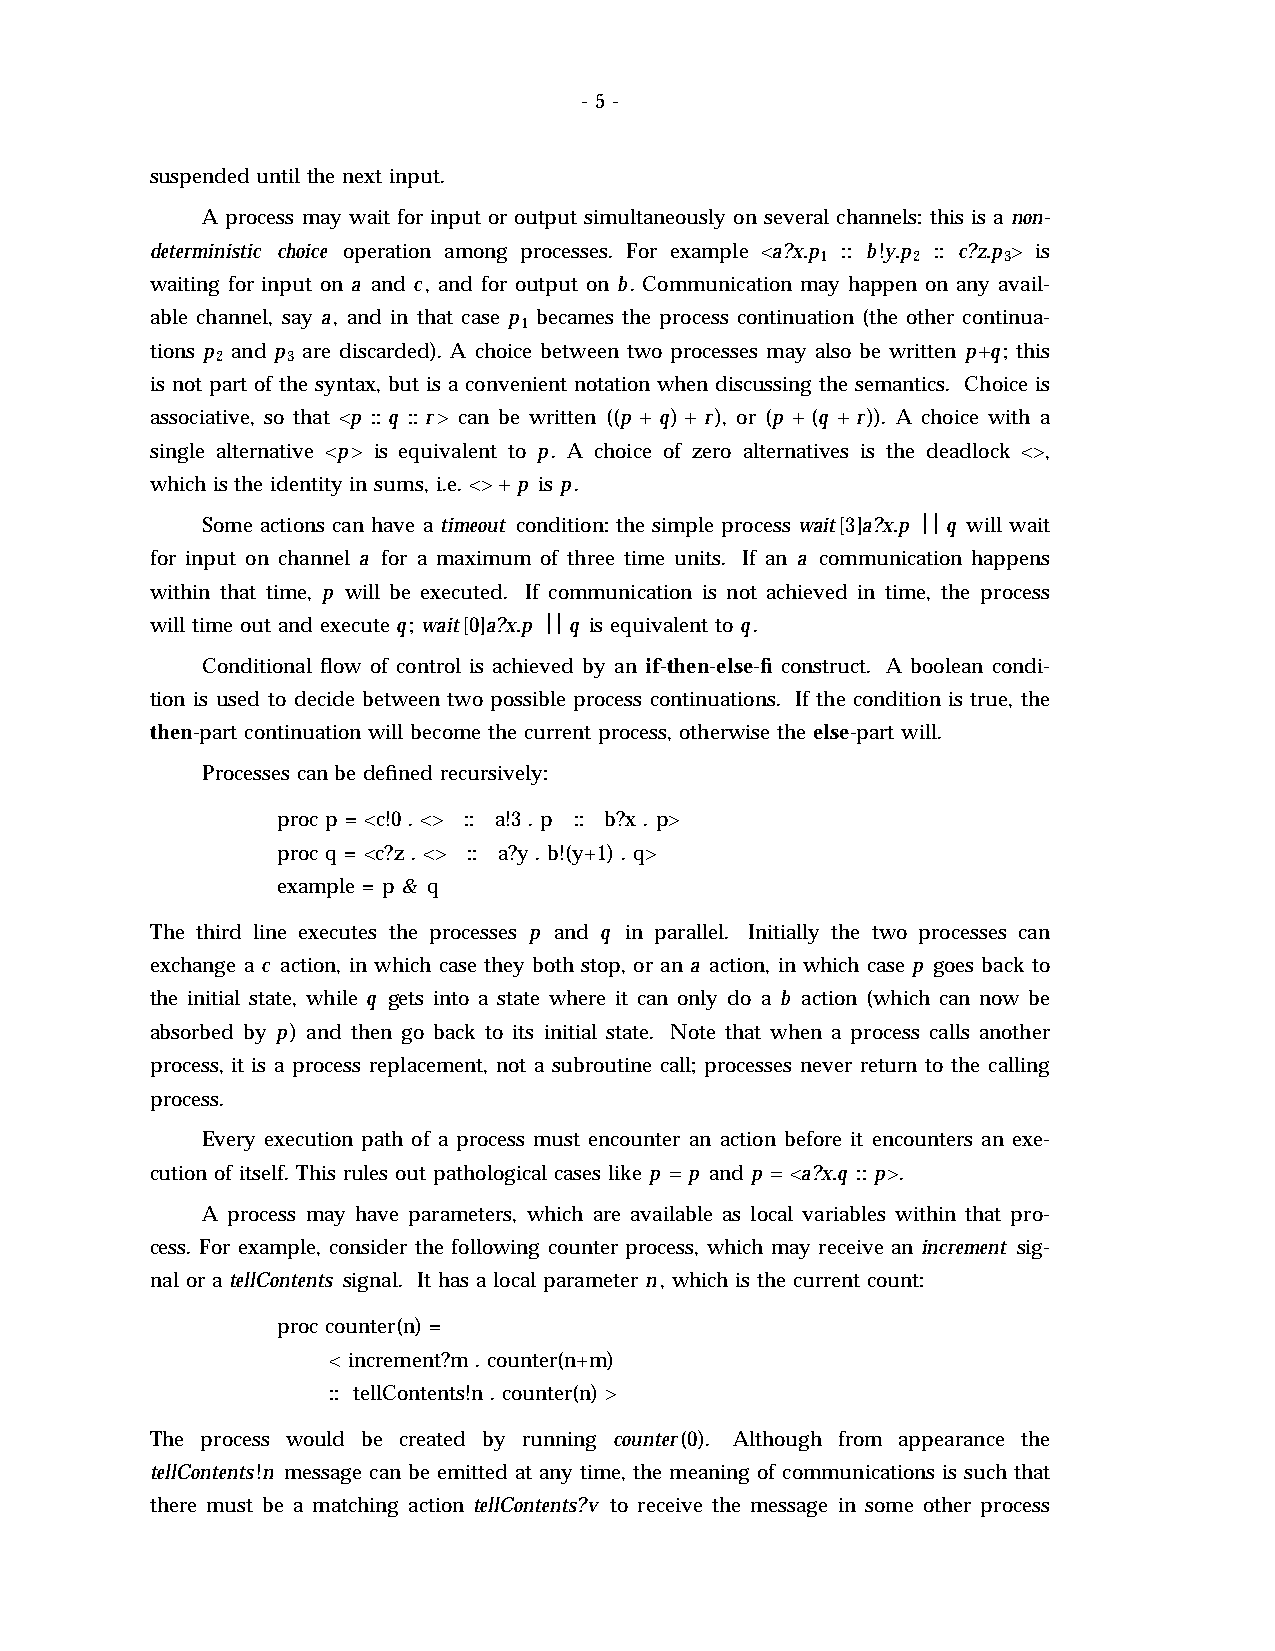
- 5 -
 suspended until the next input.
 A process may wait for input or output simultaneously on several channels: this is a non-
 deterministic choice operation among processes. For example <a?x.p :: b!y.p :: c?z.p > is
 1     2     3
 waiting for input on a and c, and for output on b. Communication may happen on any avail-
 able channel, say a, and in that case p becames the process continuation (the other continua-
 1
 tions p and p are discarded). A choice between two processes may also be written p+q; this
 2    3
 is not part of the syntax, but is a convenient notation when discussing the semantics. Choice is
 associative, so that <p :: q :: r> can be written ((p + q) + r), or (p + (q + r)). A choice with a
 single alternative <p> is equivalent to p. A choice of zero alternatives is the deadlock <>,
 which is the identity in sums, i.e. <> + p is p.
 Some actions can have a timeout condition: the simple process wait[3]a?x.p œœ q will wait
 for input on channel a for a maximum of three time units. If an a communication happens
 within that time, p will be executed. If communication is not achieved in time, the process
 will time out and execute q; wait[0]a?x.p œœ q is equivalent to q.
 Conditional flow of control is achieved by an if-then-else-fi construct. A boolean condi-
 tion is used to decide between two possible process continuations. If the condition is true, the
 then-part continuation will become the current process, otherwise the else-part will.
 Processes can be defined recursively:
 proc p = <c!0 . <> :: a!3 . p :: b?x . p>
 proc q = <c?z . <> :: a?y . b!(y+1) . q>
 example = p & q
 The third line executes the processes p and q in parallel. Initially the two processes can
 exchange a c action, in which case they both stop, or an a action, in which case p goes back to
 the initial state, while q gets into a state where it can only do a b action (which can now be
 absorbed by p) and then go back to its initial state. Note that when a process calls another
 process, it is a process replacement, not a subroutine call; processes never return to the calling
 process.
 Every execution path of a process must encounter an action before it encounters an exe-
 cution of itself. This rules out pathological cases like p = p and p = <a?x.q :: p>.
 A process may have parameters, which are available as local variables within that pro-
 cess. For example, consider the following counter process, which may receive an increment sig-
 nal or a tellContents signal. It has a local parameter n, which is the current count:
 proc counter(n) =
 < increment?m . counter(n+m)
 :: tellContents!n . counter(n) >
 The process would be created by running counter(0). Although from appearance the
 tellContents!n message can be emitted at any time, the meaning of communications is such that
 there must be a matching action tellContents?v to receive the message in some other process